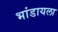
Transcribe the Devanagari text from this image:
भांडायला